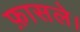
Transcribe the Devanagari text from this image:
फ़ासले।